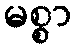
မစ္စာ